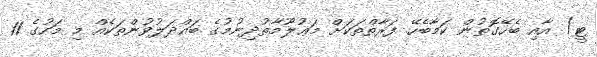
ޓީ) އާއި ބެހޭގޮތުން ކަމާބެހޭ ފަރާތްތަކަށް މަޢުލޫމާތުދިނުމުގެ ބައްދަލުވުންތަކެއް މި މަހުގެ 11